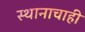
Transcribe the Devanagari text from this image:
स्थानाचाही